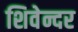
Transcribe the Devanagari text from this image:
शिवेन्दर